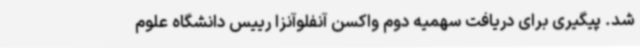
شد. پیگیری برای دریافت سهمیه دوم واکسن آنفلوآنزا رییس دانشگاه علوم